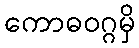
ကောဓဝဂ္ဂမှိ